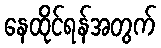
နေထိုင်ရန်အတွက်